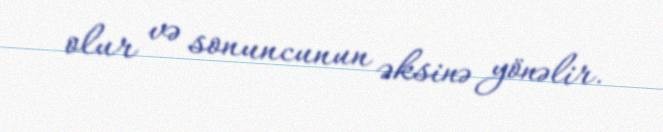
olur və sonuncunun əksinə yönəlir.